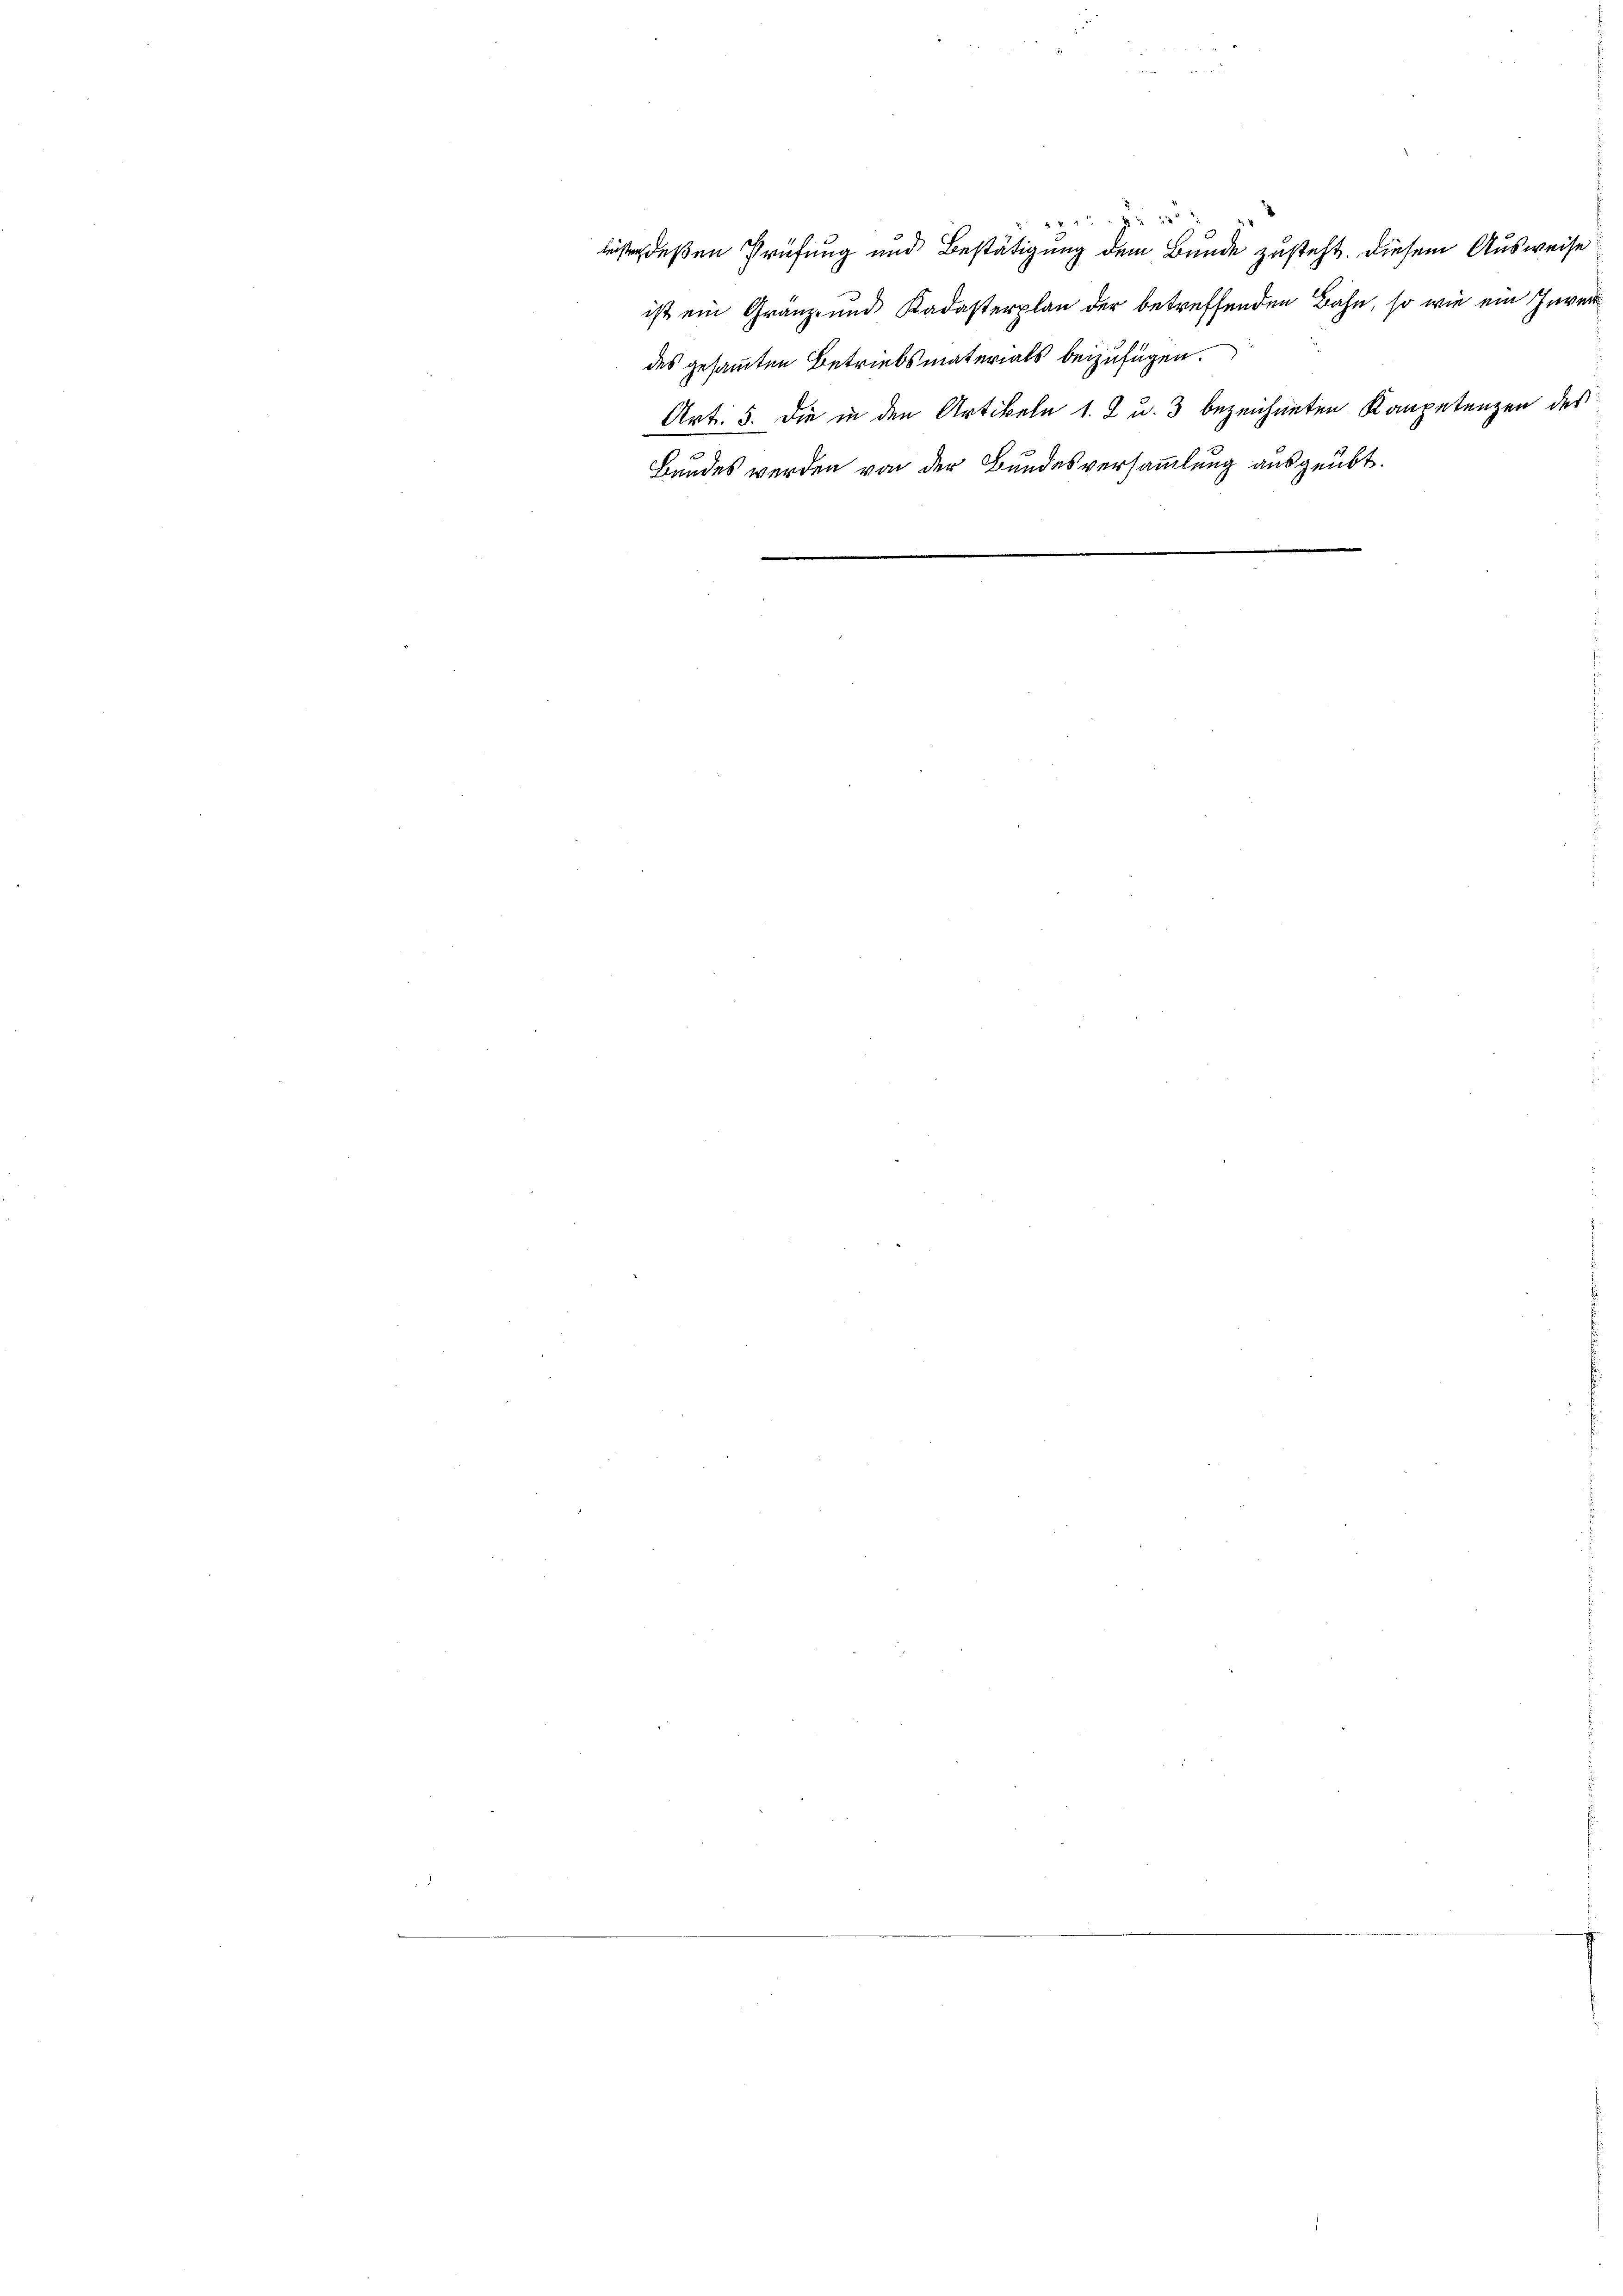
leisten deßen Prüfung und Bestätigung dem Bunde zusteht. Diesem Ausweise

des gesammten Betriebsmaterials beizufügen.
Art. 5. die in den Artikeln 1. 2 u. 3 bezeichneten Kompetenzen des
Bundes werden von der Bundesversammlung ausgeübt.
e
e
3

20
ist ein Gränz- und Kadasterplan der betreffenden Bahn, so wie ein Inven